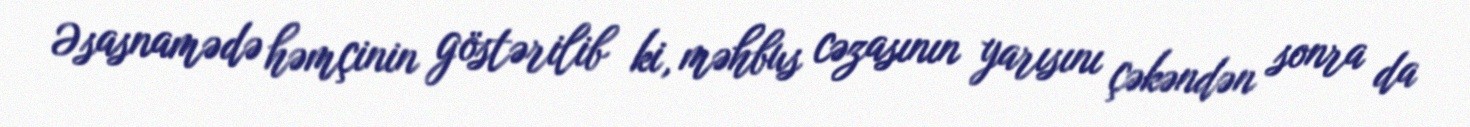
Əsasnamədə həmçinin göstərilib ki, məhbus cəzasının yarısını çəkəndən sonra da